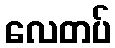
လေတပ်